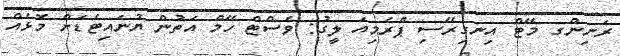
ރަނިންގ މޭޓް އިނގިރޭސި ޕްރެމިއަ ލީގު: ވެސްޓް ހޭމް އަތުން ޔުނައިޓެޑަށް މޮޅެއް